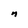
Character: n